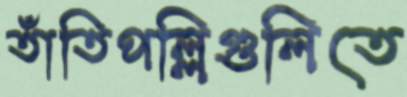
তাঁতিপল্লিগুলিতে